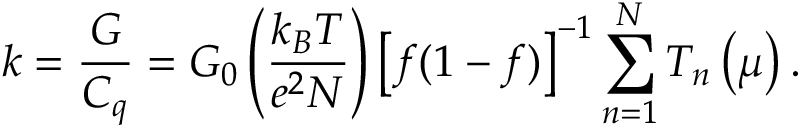
k = \frac { G } { C _ { q } } = G _ { 0 } \left( \frac { k _ { B } T } { e ^ { 2 } N } \right) \left[ f ( 1 - f ) \right] ^ { - 1 } \sum _ { n = 1 } ^ { N } T _ { n } \left( \mu \right) .